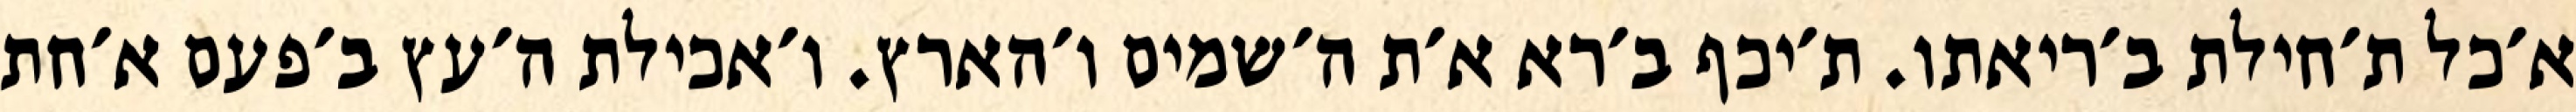
א׳כל ת׳חילת ב׳ריאתו. ת׳יכף ב׳רא א׳ת ה׳שמים ו׳הארץ. ו׳אכילת ה׳עץ ב׳פעם א׳חת